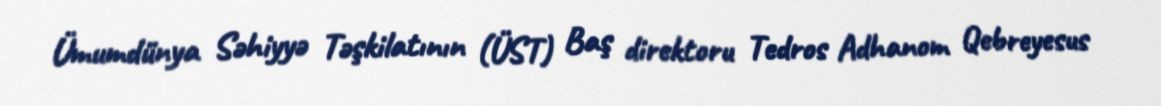
Ümumdünya Səhiyyə Təşkilatının (ÜST) Baş direktoru Tedros Adhanom Qebreyesus